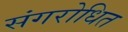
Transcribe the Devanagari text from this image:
संगरोधित